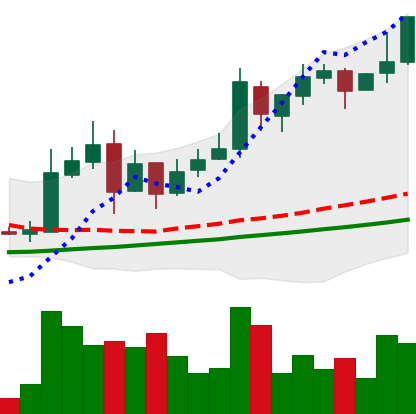
Ticker: LTC-USD
Chart end date: 2017-11-24
Forward return: 9.751%
Label: up_7plus